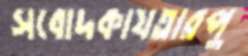
সবোদকাযতারপু